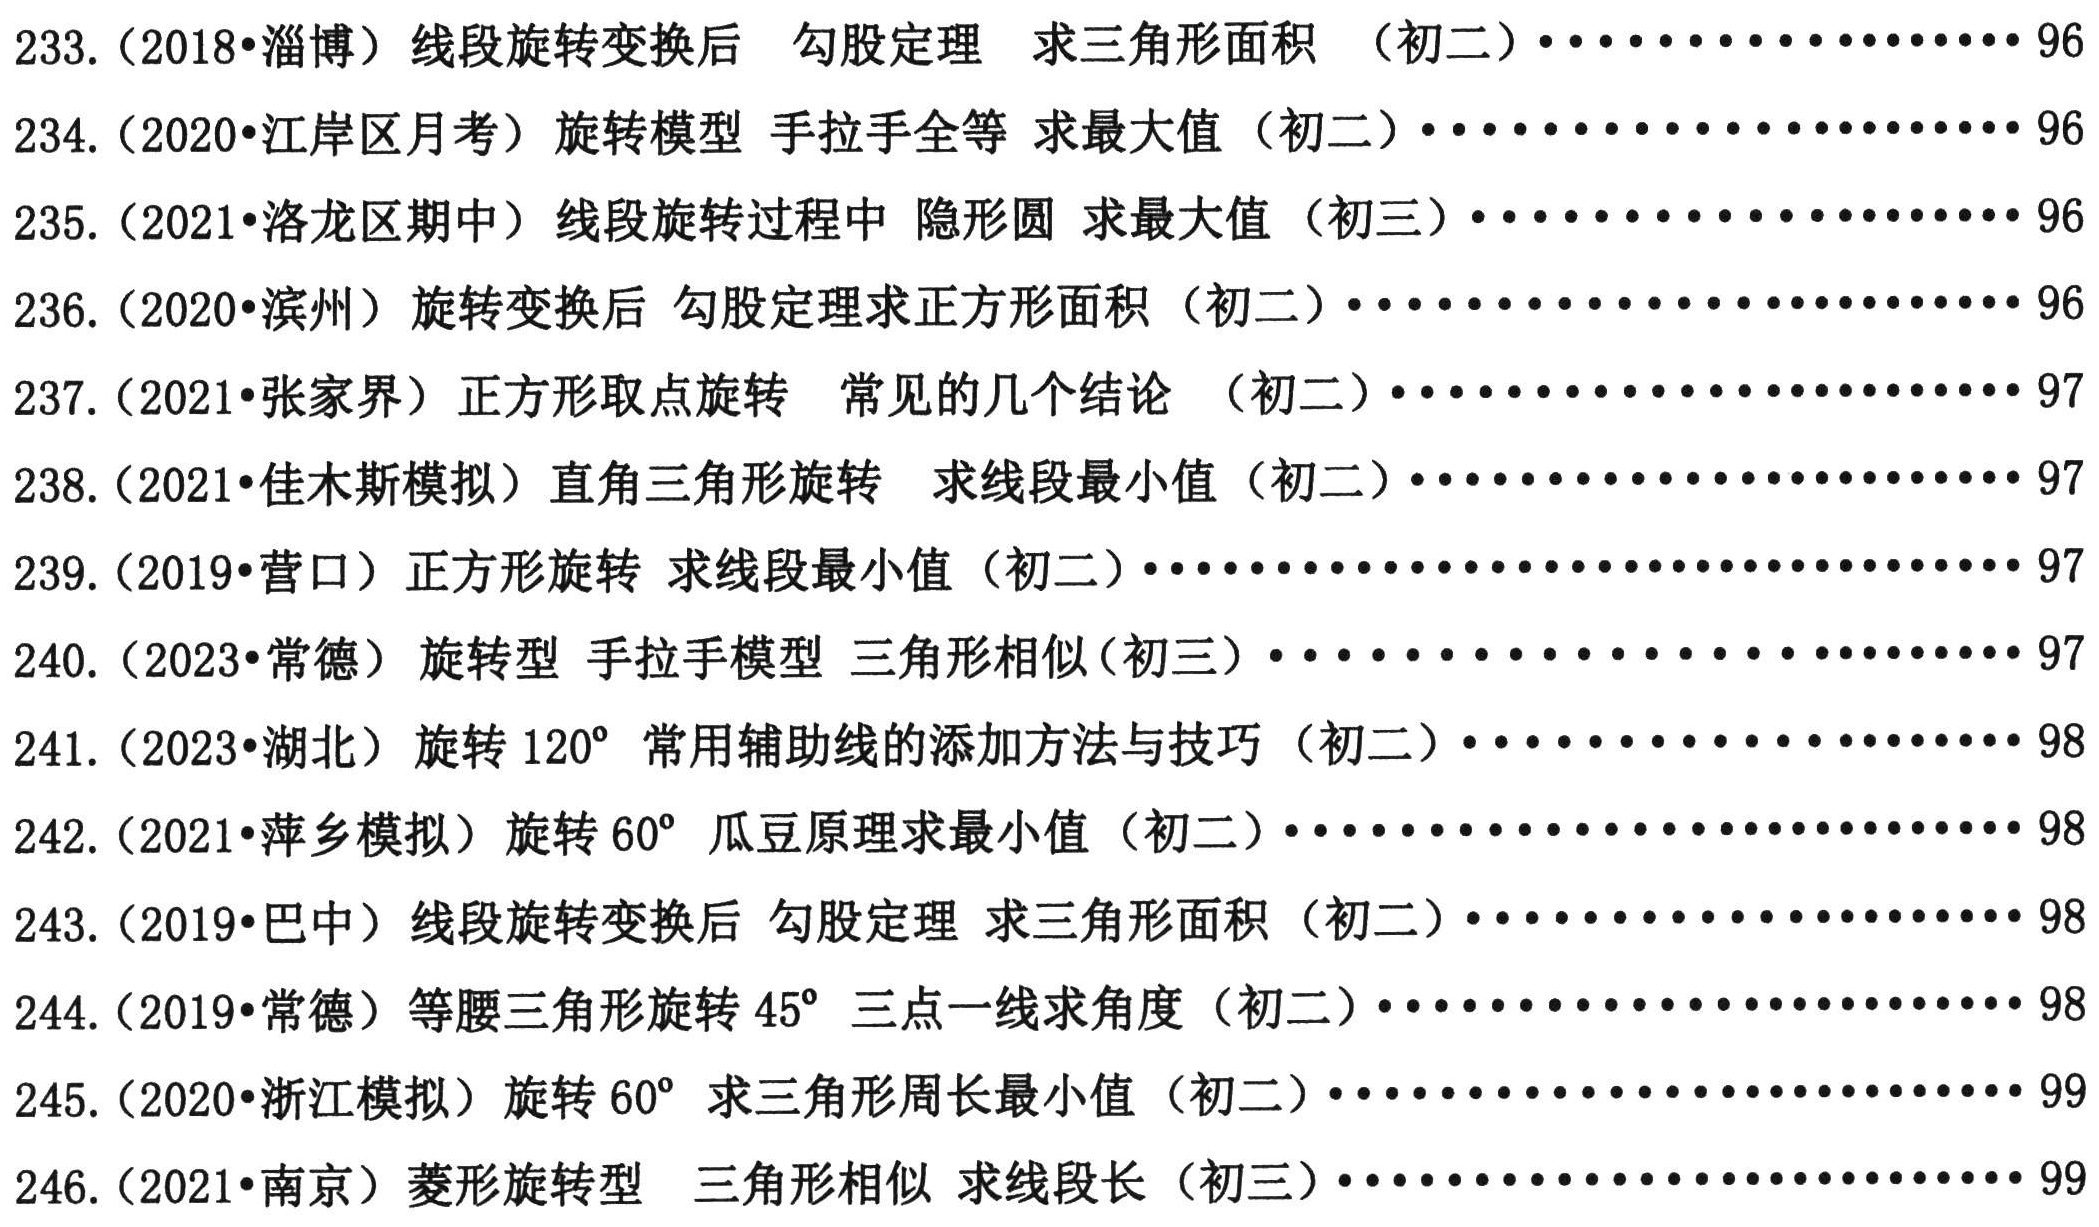
233. (2018•淄博) 线段旋转变换后 勾股定理 求三角形面积 （初二）..................96
234. (2020•江岸区月考) 旋转模型 手拉手全等 求最大值 （初二）..................96
235. (2021•洛龙区期中) 线段旋转过程中 隐形圆 求最大值 （初三）..................96
236. (2020•滨州) 旋转变换后 勾股定理求正方形面积 （初二）..................96
237. (2021•张家界) 正方形取点旋转 常见的几个结论 （初二）..................97
238. (2021•佳木斯模拟) 直角三角形旋转 求线段最小值 （初二）..................97
239. (2019•营口) 正方形旋转 求线段最小值 （初二）..................97
240. (2023•常德) 旋转型 手拉手模型 三角形相似(初三）..................97
241. (2023•湖北) 旋转\(120^{\circ}\) 常用辅助线的添加方法与技巧 （初二）..................98
242. (2021•萍乡模拟) 旋转\(60^{\circ}\) 瓜豆原理求最小值 （初二）..................98
243. (2019•巴中) 线段旋转变换后 勾股定理 求三角形面积 （初二）..................98
244. (2019•常德) 等腰三角形旋转\(45^{\circ}\) 三点一线求角度 （初二）..................98
245. (2020•浙江模拟) 旋转\(60^{\circ}\) 求三角形周长最小值 （初二）..................99
246. (2021•南京) 菱形旋转型 三角形相似 求线段长 （初三）..................99